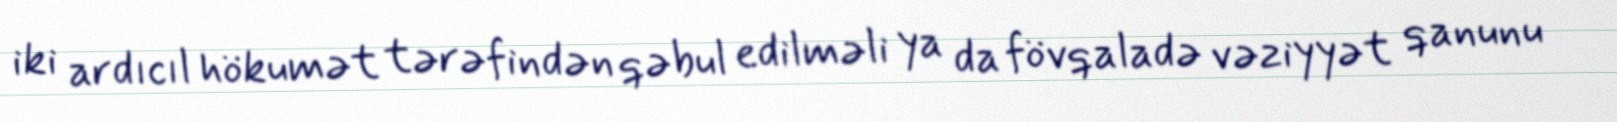
iki ardıcıl hökumət tərəfindən qəbul edilməli ya da fövqaladə vəziyyət qanunu